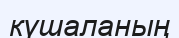
күшаланың